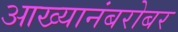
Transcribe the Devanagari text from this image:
आख्यानंबरोबर